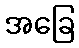
အခြေ